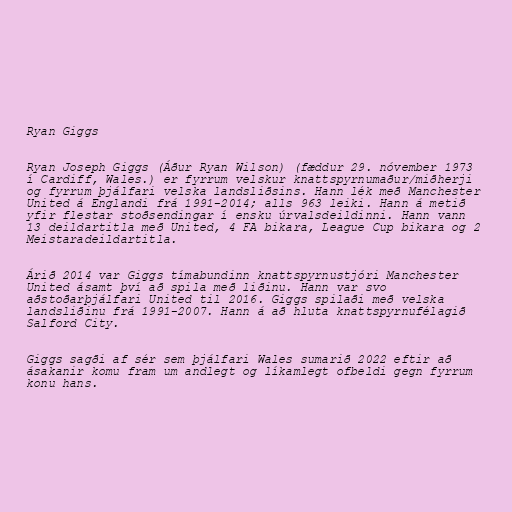
Ryan Giggs

Ryan Joseph Giggs (Áður Ryan Wilson) (fæddur 29. nóvember 1973
í Cardiff, Wales.) er fyrrum velskur knattspyrnumaður/miðherji
og fyrrum þjálfari velska landsliðsins. Hann lék með Manchester
United á Englandi frá 1991-2014; alls 963 leiki. Hann á metið
yfir flestar stoðsendingar í ensku úrvalsdeildinni. Hann vann
13 deildartitla með United, 4 FA bikara, League Cup bikara og 2
Meistaradeildartitla.

Árið 2014 var Giggs tímabundinn knattspyrnustjóri Manchester
United ásamt því að spila með liðinu. Hann var svo
aðstoðarþjálfari United til 2016. Giggs spilaði með velska
landsliðinu frá 1991-2007. Hann á að hluta knattspyrnufélagið
Salford City.

Giggs sagði af sér sem þjálfari Wales sumarið 2022 eftir að
ásakanir komu fram um andlegt og líkamlegt ofbeldi gegn fyrrum
konu hans.